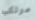
مرتكب